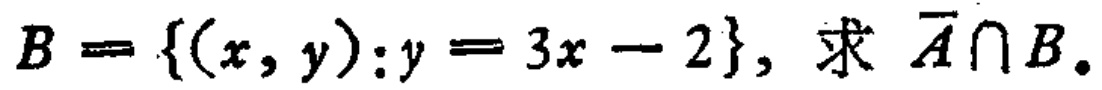
已知\(B = \{(x,y):y = 3x - 2\}\)，求 \(\overline{A}\cap B\)。